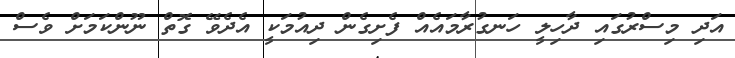
އަދި މިސްރުގައި ދާހިލީ ހަނގުރާމައެއް ފެށިގެން ދިއުމަކީ އެދެވޭ ގޮތް ނޫންކަމަށް ވެސް